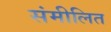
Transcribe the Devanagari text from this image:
संमीलित